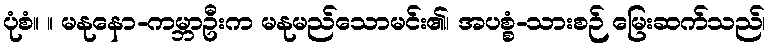
ပုံစံ။ ။ မနုနော-ကမ္ဘာဦးက မနုမည်သောမင်း၏၊ အပစ္စံ-သားစဉ် မြေးဆက်သည်၊